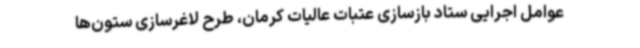
عوامل اجرایی ستاد بازسازی عتبات عالیات کرمان، طرح لاغرسازی ستون‌ها